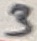
Text: 3